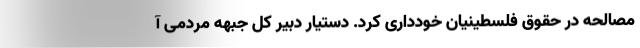
مصالحه در حقوق فلسطینیان خودداری کرد. دستیار دبیر کل جبهه مردمی آ